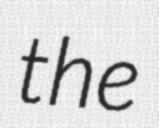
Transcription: the